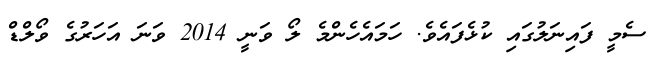
ސެމީ ފައިނަލުގައި ކުޅެފައެވެ. ހަމައެހެންމެ ލޯ ވަނީ 2014 ވަނަ އަހަރުގެ ވޯލްޑް